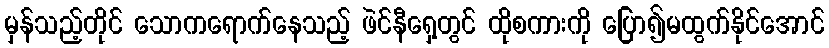
မှန်သည့်တိုင် သောကရောက်နေသည့် ဖဲင်နီရှေ့တွင် ထိုစကားကို ပြော၍မထွက်နိုင်အောင်